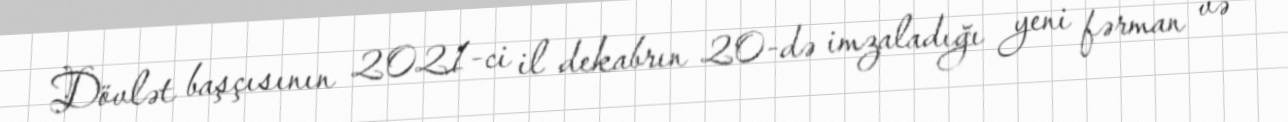
Dövlət başçısının 2021-ci il dekabrın 20-də imzaladığı yeni fərman və